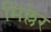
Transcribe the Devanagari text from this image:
मिल्लेर